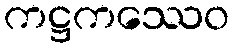
ကဋ္ဌကဿေဝ